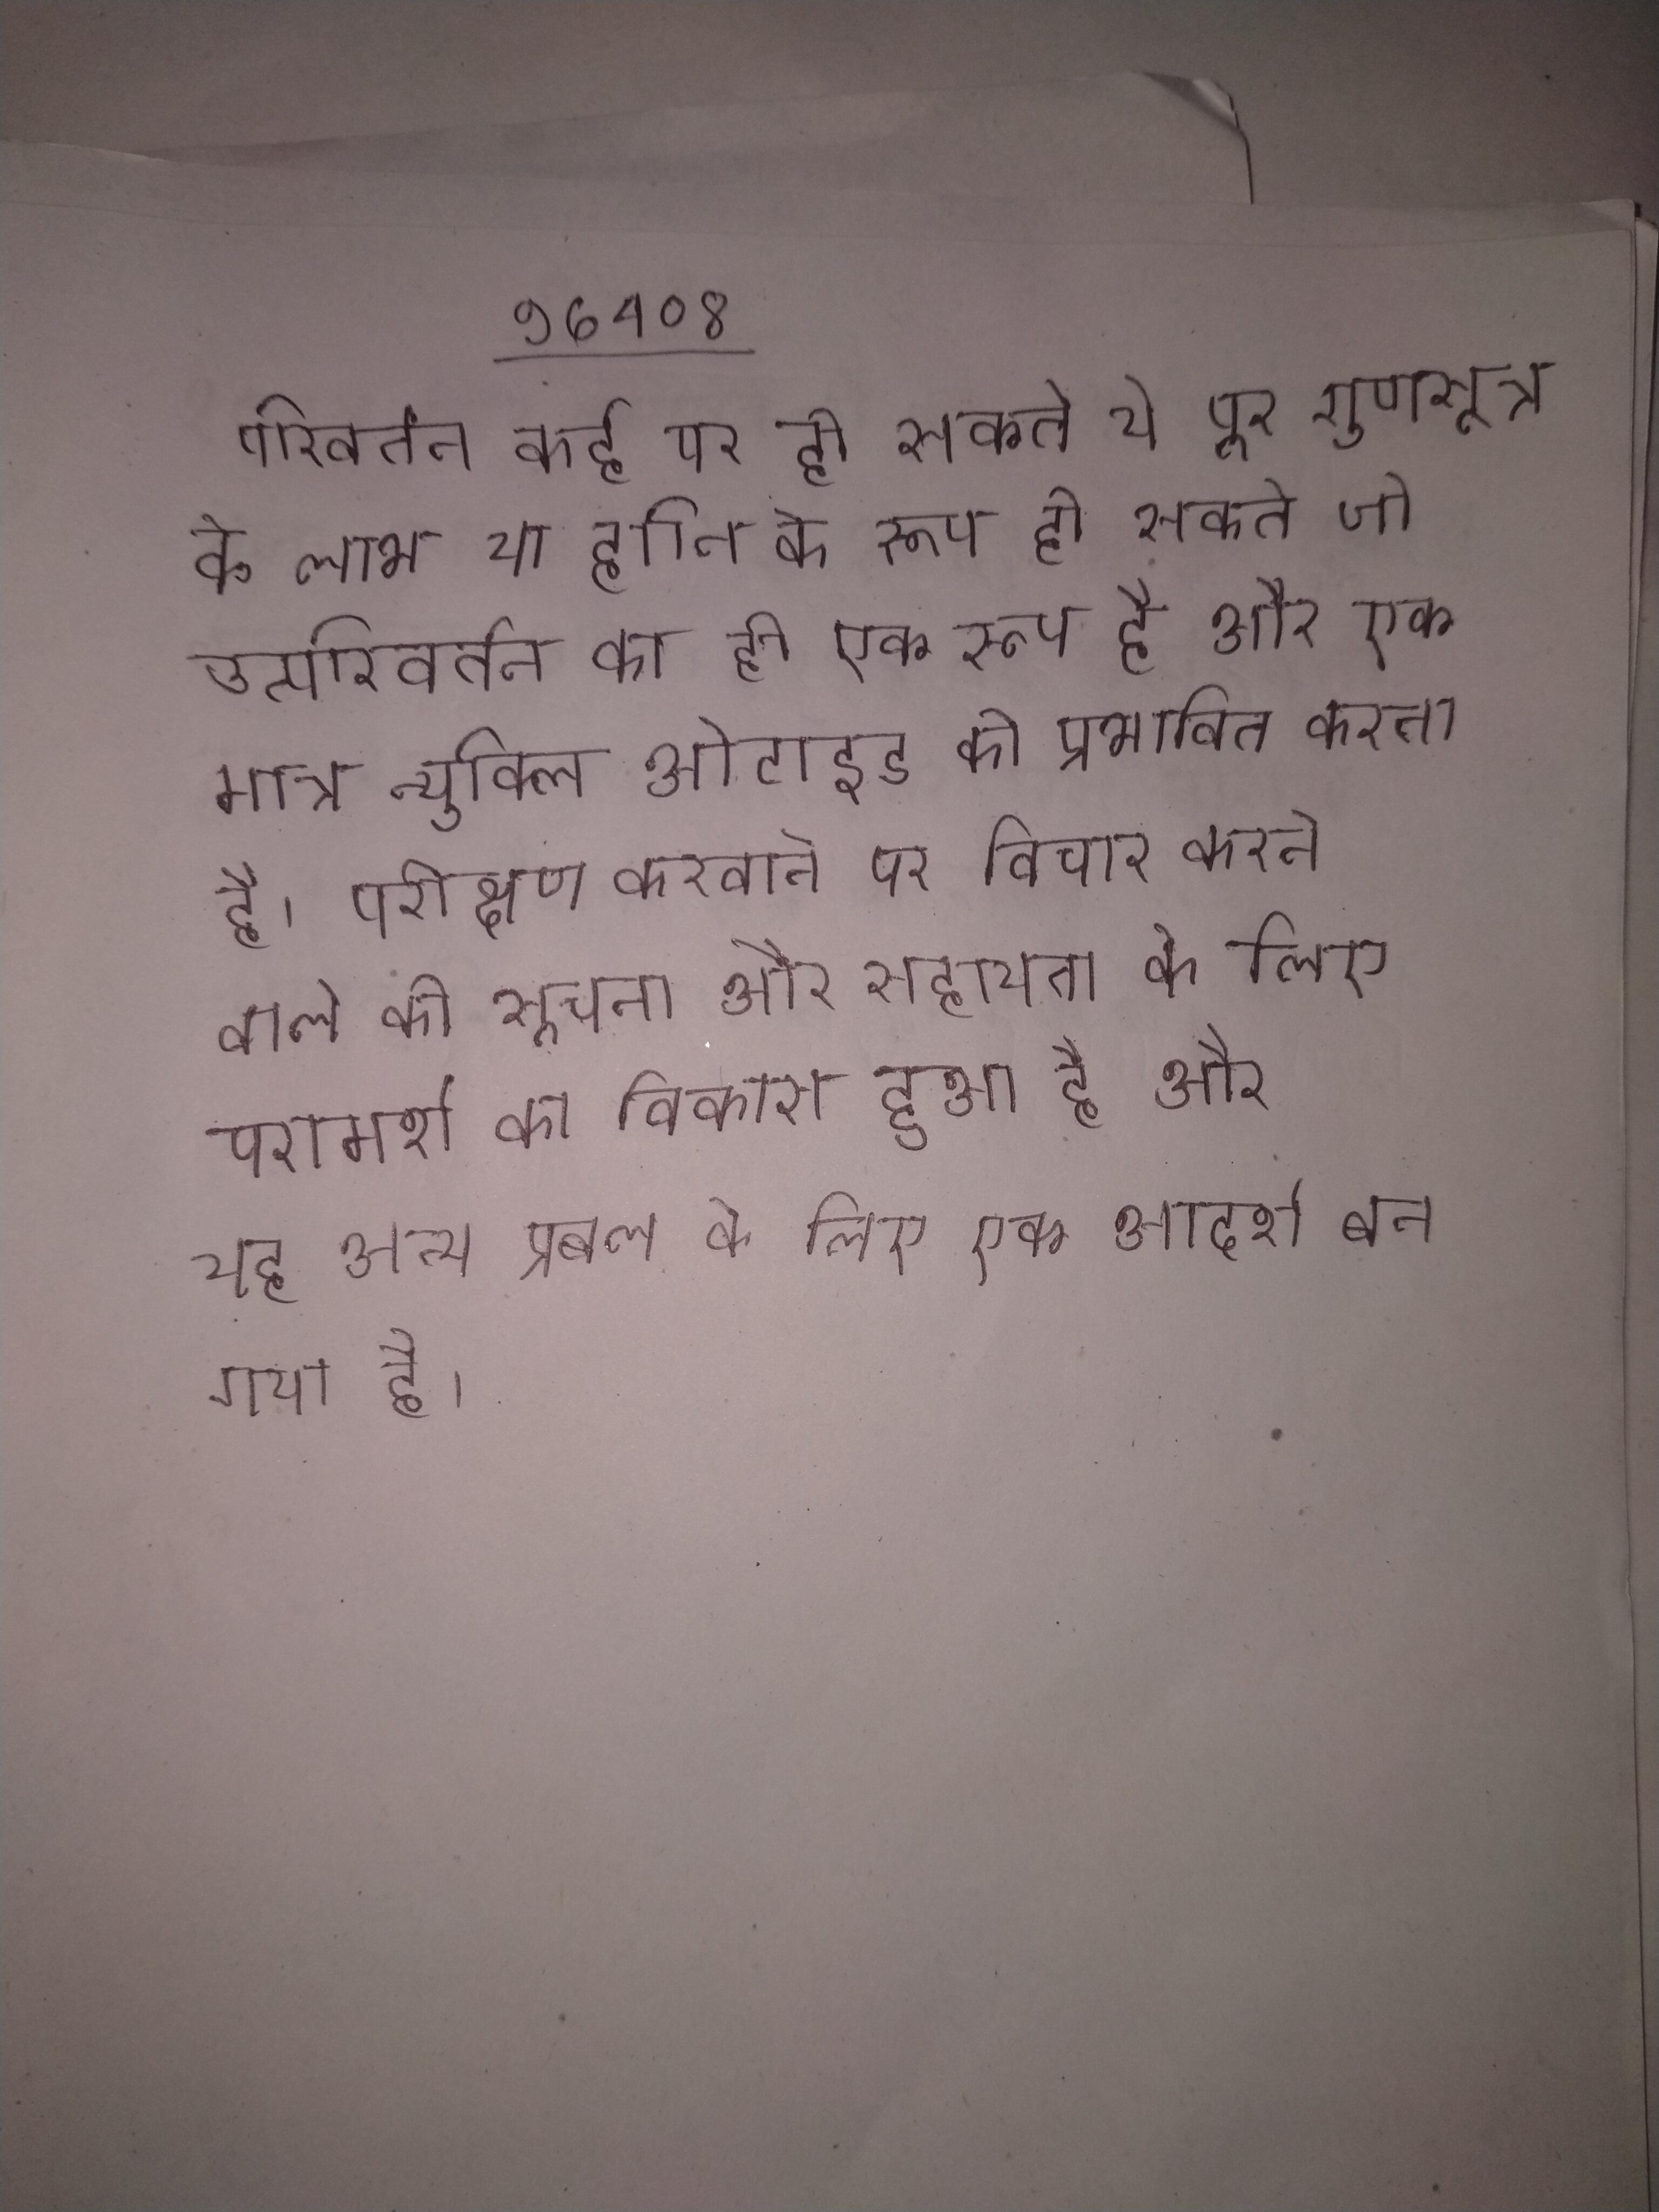
परिवर्तन कई पर हो सकते ये पूर गुणसूत्र के लाभ या हानि के रूप हो सकते जो उत्परिवर्तन का ही एक रूप है और एक मात्र न्युक्लिओटाइड को प्रभावित करता है । परीक्षण करवाने पर विचार करने वाले की सूचना और सहायता के लिए परामर्श का विकास हुआ है और यह अन्य प्रबल के लिए एक आदर्श बन गया है ।